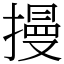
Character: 摱